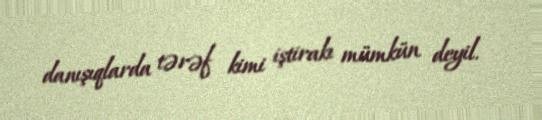
danışıqlarda tərəf kimi iştirakı mümkün deyil.